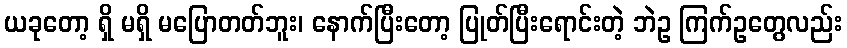
ယခုတော့ ရှိ မရှိ မပြောတတ်ဘူး၊ နောက်ပြီးတော့ ပြုတ်ပြီးရောင်းတဲ့ ဘဲဥ ကြက်ဥတွေလည်း